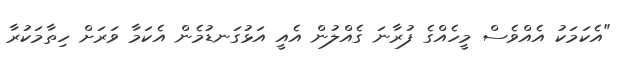
"އެކަމަކު އެއްވެސް މީހެއްގެ ފުރާނަ ގެއްލުން އެއީ އަޅުގަނޑުމެން އެކަމާ ވަރަށް ހިތާމަކުރާ